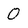
Character: O